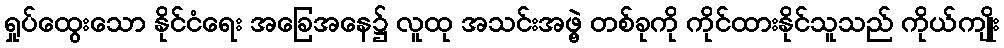
ရှုပ်ထွေးသော နိုင်ငံရေး အခြေအနေ၌ လူထု အသင်းအဖွဲ့ တစ်ခုကို ကိုင်ထားနိုင်သူသည် ကိုယ်ကျိုး